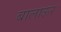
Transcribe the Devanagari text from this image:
बालाऊर